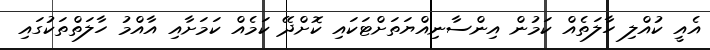
އެއީ ކުއްލި ހާލަތެއް ކަމުން އިންސާނިއްޔަތަށްޓަކައި ކޮށްދޭ ކަމެއް ކަމަށާއި އާއްމު ހާލަތްތަކުގައި